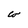
Character: w